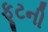
ફૂટની